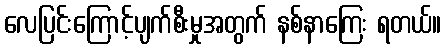
လေပြင်းကြောင့်ပျက်စီးမှုအတွက် နစ်နာကြေး ရတယ်။